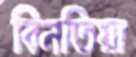
বিনতিয়া